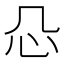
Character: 𰐻